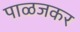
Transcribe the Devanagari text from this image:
पाळजकर